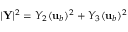
| \mathbf { Y } | ^ { 2 } = Y _ { 2 } ( { \mathbf { u } } _ { b } ) ^ { 2 } + Y _ { 3 } ( { \mathbf { u } } _ { b } ) ^ { 2 }